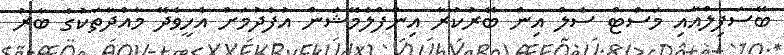
ބޭސަފިލްއާއި މަސްޓް ސެލް އިން ބޭރުކުރާ އިންފްލެމޭޝަން އުފެދުމަށް އެހީވެދޭ މާއްދާތަކުގެ ބާރު